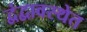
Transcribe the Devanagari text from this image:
द्वंद्वावस्थेत